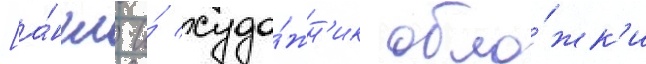
[а́нгл. и́ худо́жн'ик обло́жк'и